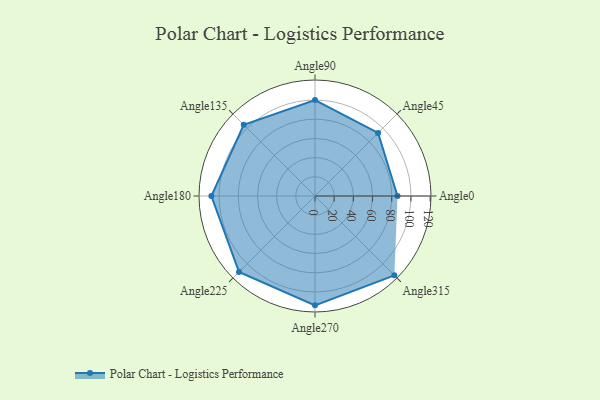
{"axis": {"x": "Angle", "y": "Radius"}, "legend": [""], "data": [{"x": "Angle0", "y": 86.0, "type": ""}, {"x": "Angle45", "y": 93.0, "type": ""}, {"x": "Angle90", "y": 100.0, "type": ""}, {"x": "Angle135", "y": 105.0, "type": ""}, {"x": "Angle180", "y": 108.0, "type": ""}, {"x": "Angle225", "y": 112.0, "type": ""}, {"x": "Angle270", "y": 114.0, "type": ""}, {"x": "Angle315", "y": 117.0, "type": ""}]}